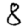
Digit: 8